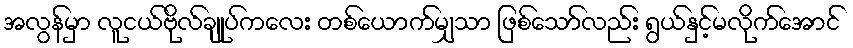
အလွန်မှာ လူငယ်ဗိုလ်ချုပ်ကလေး တစ်ယောက်မျှသာ ဖြစ်သော်လည်း ရွယ်နှင့်မလိုက်အောင်